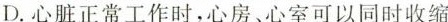
D.心脏正常工作时，心房、心室可以同时收缩